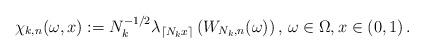
LaTeX: \begin{align*} \chi_{k,n}(\omega,x):=N_k^{-1/2}\lambda_{\lceil N_kx\rceil}\left( W_{N_k,n}(\omega)\right),\,\omega\in\Omega,x\in(0,1)\,.\end{align*}